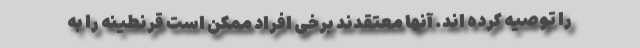
را توصیه کرده اند. آنها معتقدند برخی افراد ممکن است قرنطینه را به